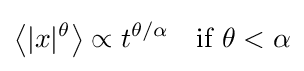
\left\langle |x|^{\theta }\right\rangle \propto t^{\theta /\alpha }\quad {\text{if }}\theta <\alpha